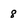
Character: 8